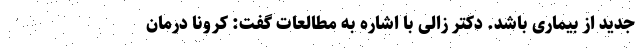
جدید از بیماری باشد. دکتر زالی با اشاره به مطالعات گفت: کرونا درمان